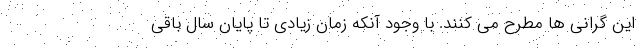
این گرانی ها مطرح می کنند. با وجود آنکه زمان زیادی تا پایان سال باقی